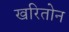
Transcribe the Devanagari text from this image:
खरितोन